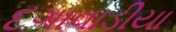
દગાવાડીયા